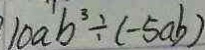
1 0 a b ^ { 3 } \div ( - 5 a b )